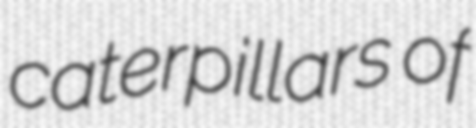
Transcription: caterpillars of